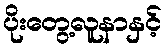
ပိုးတွေ့လူနာနှင့်